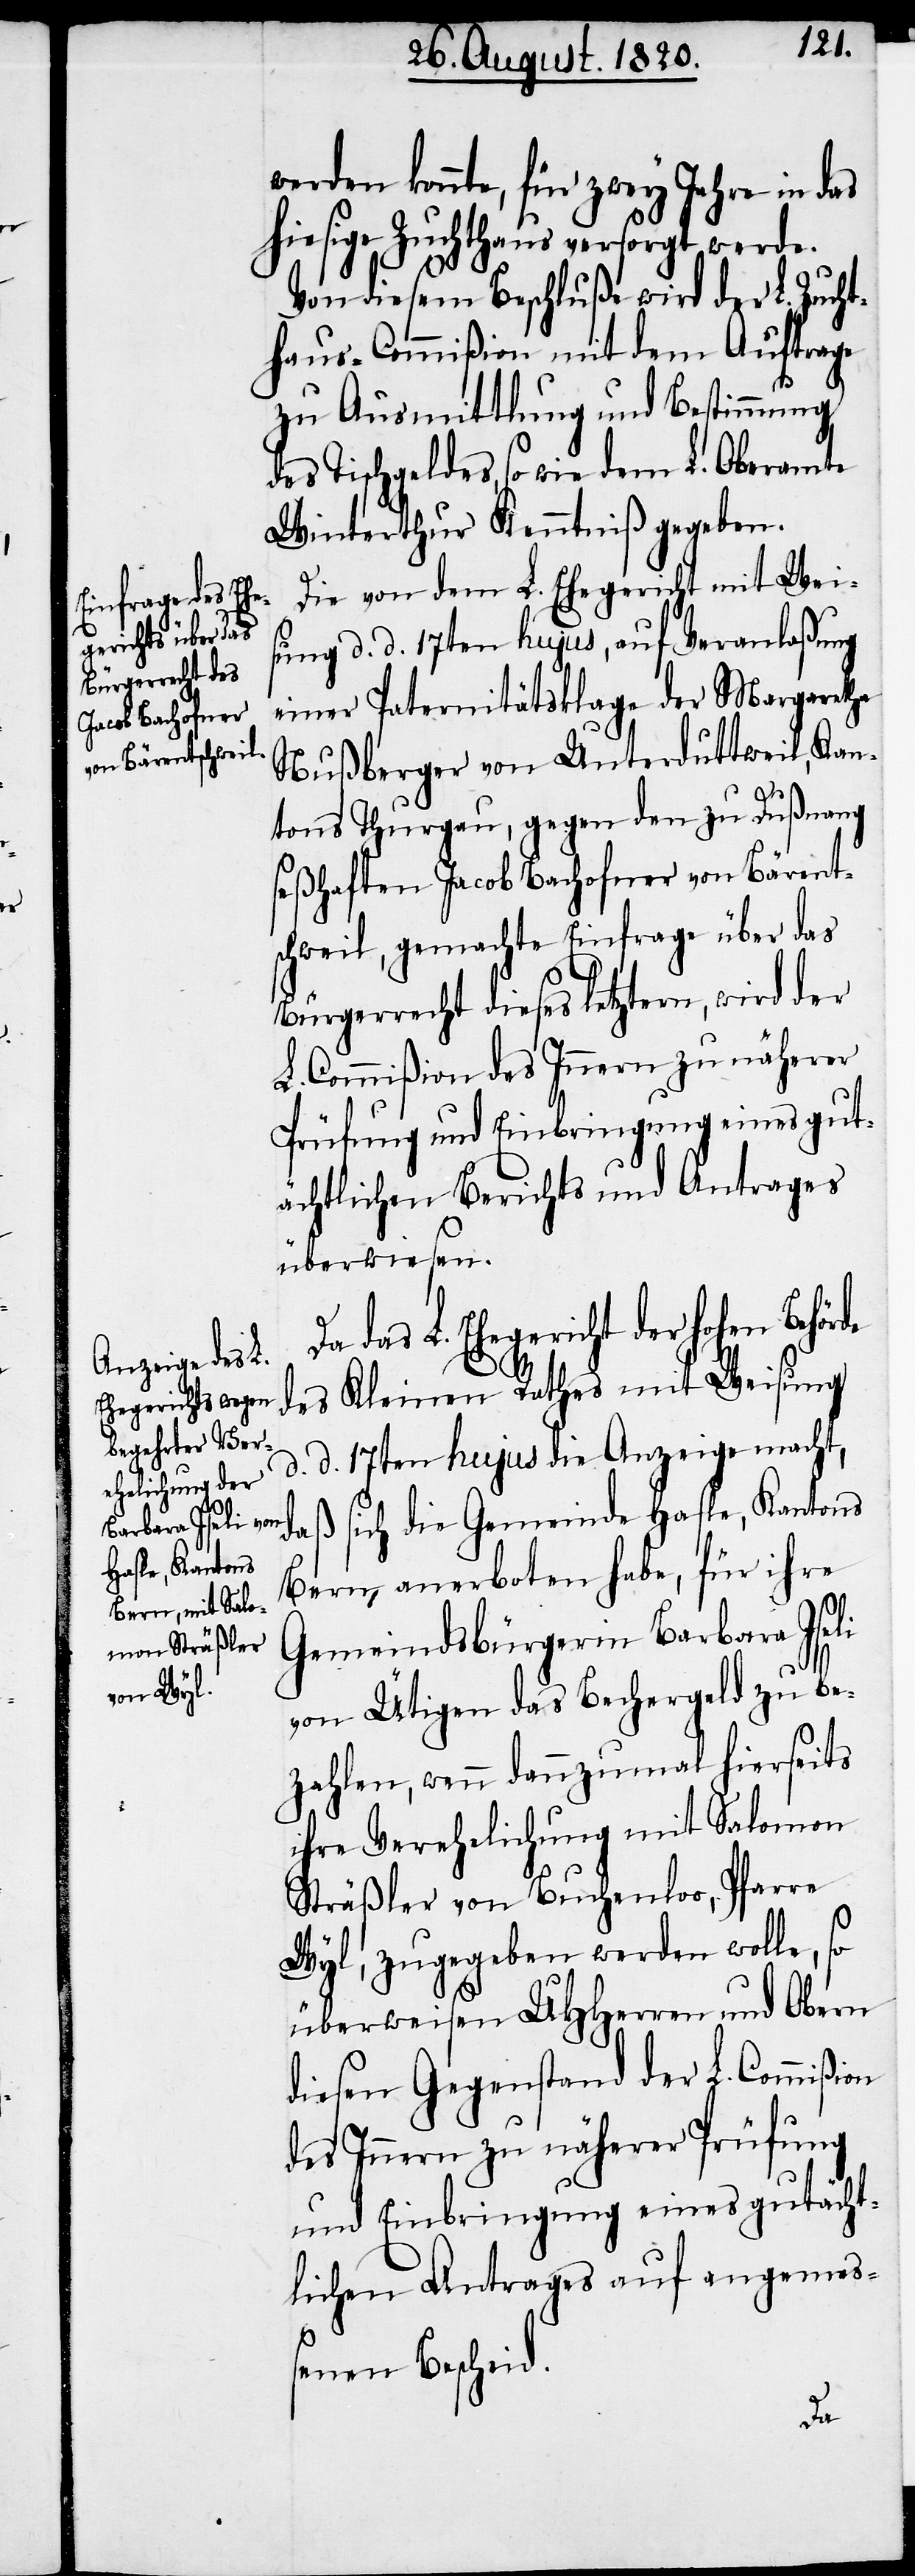
werden konnte, für zwey Jahre in das
hiesige Zuchthaus versorgt werde.
Von diesem Beschluße wird der L. Zucht¬
haus-Commißion mit dem Auftrage
zu Ausmittlung und Bestimmung
des Tischgeldes, so wie dem L. Oberamte
Winterthur Kenntniß gegeben.
Die von dem L. Ehegericht mit Weis¬
ung d. d. 17ten hujus, auf Veranlaßung
einer Paternitätsklage der Margaretha
Nußberger von Unterduttweil, Kan¬
tons Thurgau, gegen den zu Dußnang
seßhaften Jacob Bachofner von Bärent¬
schweil, gemachte Einfrage über das
Bürgerrecht dieses letztern, wird der
L. Commißion des Innern zu näherer
Prüfung und Einbringung eines gut¬
ächtlichen Berichts und Antrages
überwiesen.
Da das L. Ehegericht der hohen Behörde
des Kleinen Rathes mit Weisung
d. d. 17ten hujus die Anzeige macht,
daß sich die Gemeinde Hasle, Kantons
Bern, anerboten habe, für ihre
Gemeindsbürgerin Barbara Iseli
von Ütigen das Bechergeld zu be¬
zahlen, wenn dannzumal hierseits
ihre Verehelichung mit Salomon
Sträßler von Buchenlos, Pfarre
Wyl, zugegeben werden wolle, so
überweisen UHHerren und Obern
diesen Gegenstand der L. Commißion
des Innern zu näherer Prüfung
und Einbringung eines gutächt¬
lichen Antrages auf angemeß¬
enen Bescheid.